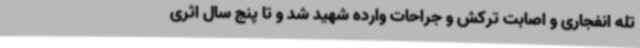
تله انفجاری و اصابت ترکش و جراحات وارده شهید شد و تا پنج سال اثری